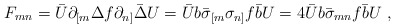
\begin{align*}F_{mn} =\bar U\partial_{[m}\Delta f \partial_{n]}\bar\Delta U =\bar Ub \bar\sigma_{[m}\sigma_{n]}f \bar{b} U =4\bar U b \bar\sigma_{mn}f\bar b U\ ,\end{align*}